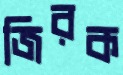
জিরক